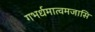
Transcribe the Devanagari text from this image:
गभर्धमात्वमजासि